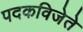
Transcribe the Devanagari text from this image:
पदकविजेते